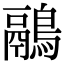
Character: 鷊